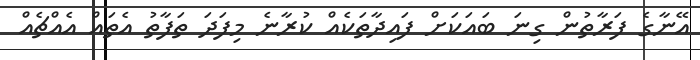
އޭނާގެ ފަރާތުން ގިނަ ބައަކަށް ފައިދާތަކެއް ކުރާނެ މިފަދަ ތަފާތު އެތައް އެއްޗެއް